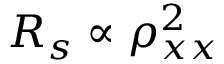
R _ { s } \propto \rho _ { x x } ^ { 2 }